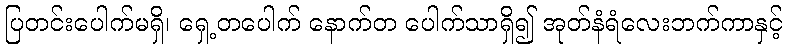
ပြတင်းပေါက်မရှိ၊ ရှေ့တပေါက် နောက်တ ပေါက်သာရှိ၍ အုတ်နံရံလေးဘက်ကာနှင့်